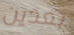
بعدين